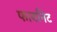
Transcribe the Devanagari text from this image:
फायनिट